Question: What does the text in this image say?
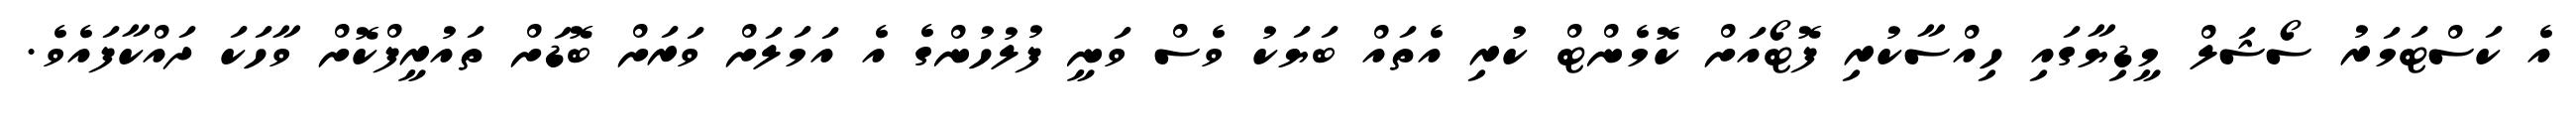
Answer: އެ ކަސްޓަމަރު ސޯޝަލް މީޑިޔާގައި ހިއްސާކުރި ފޮޓޯއަށް ކޮމެންޓް ކުރި އެތައް ބަޔަކު ވެސް ވަނީ ފުލުހުންގެ އެ އަމަލަށް ވަރަށް ބޮޑަށް ތައުރީފްކޮށް ވާހަކަ ދައްކާފައެވެ.